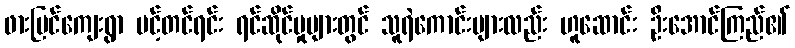
ဖားပြင်ကျေးရွာ ပင့်တင်ရင်း ရင်ဆိုင်မှုများတွင် သူရဲကောင်းများလည်း ဟူဆောင်း ဦးအောင်ကြည်၏